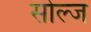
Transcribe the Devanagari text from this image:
सोल्ज